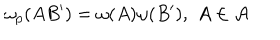
LaTeX: \omega _ { p } ( A B ^ { \prime } ) = \omega ( A ) \omega ( B ^ { \prime } ) , \, \, A \in \mathcal { A }